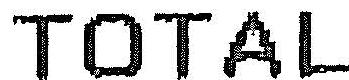
TOTAL